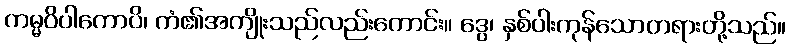
ကမ္မဝိပါကောပိ၊ ကံ၏အကျိုးသည်လည်းကောင်း။ ဒွေ၊ နှစ်ပါးကုန်သောတရားတို့သည်။